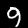
Digit: 9